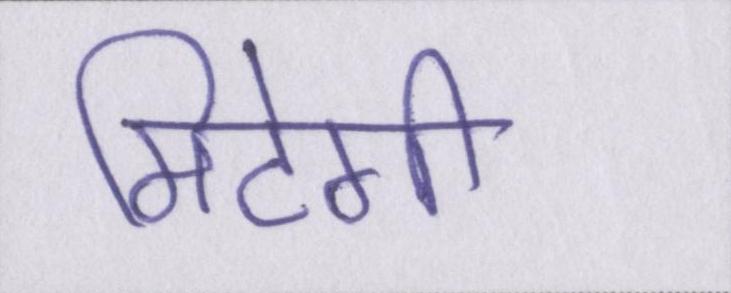
मिटेगी